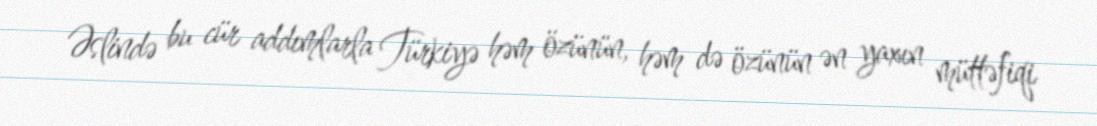
Əslində bu cür addımlarla Türkiyə həm özünün, həm də özünün ən yaxın müttəfiqi